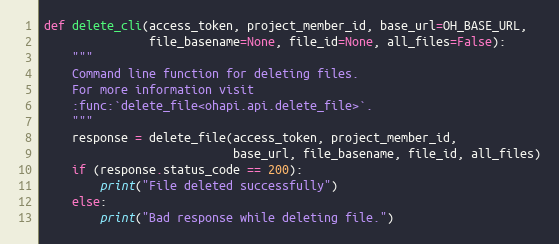
Language: Python
def delete_cli(access_token, project_member_id, base_url=OH_BASE_URL,
               file_basename=None, file_id=None, all_files=False):
    """
    Command line function for deleting files.
    For more information visit
    :func:`delete_file<ohapi.api.delete_file>`.
    """
    response = delete_file(access_token, project_member_id,
                           base_url, file_basename, file_id, all_files)
    if (response.status_code == 200):
        print("File deleted successfully")
    else:
        print("Bad response while deleting file.")